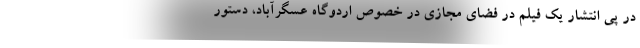
در پی انتشار یک فیلم در فضای مجازی در خصوص اردوگاه عسگرآباد، دستور